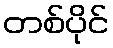
တစ်ပိုင်